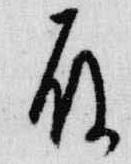
殿